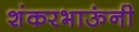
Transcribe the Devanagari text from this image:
शंकरभाऊंनी